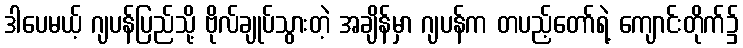
ဒါပေမယ့် ဂျပန်ပြည်သို့ ဗိုလ်ချုပ်သွားတဲ့ အချိန်မှာ ဂျပန်က တပည့်တော်ရဲ့ ကျောင်းတိုက်၌